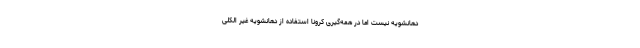
دهانشویه نیست اما در همه‌گیری کرونا استفاده از دهانشویه‌ غیر الکلی